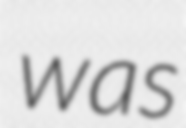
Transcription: was